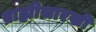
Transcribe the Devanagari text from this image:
ब्राह्मीसारखी